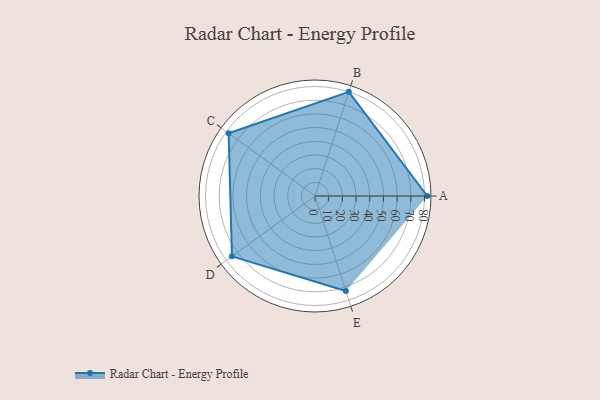
{"axis": {"x": "Skill", "y": "Score"}, "legend": ["Profile"], "data": [{"x": "A", "y": 82.0, "type": "Profile"}, {"x": "B", "y": 80.0, "type": "Profile"}, {"x": "C", "y": 78.0, "type": "Profile"}, {"x": "D", "y": 75.0, "type": "Profile"}, {"x": "E", "y": 73.0, "type": "Profile"}]}